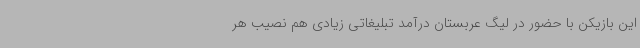
این بازیکن با حضور در لیگ عربستان درآمد تبلیغاتی زیادی هم نصیب هر